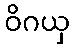
ဝိဂယှ